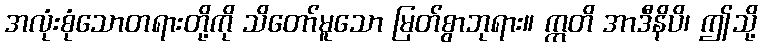
အလုံးစုံသောတရားတို့ကို သိတော်မူသော မြတ်စွာဘုရား။ ဣတိ အာဒီနိပိ၊ ဤသို့